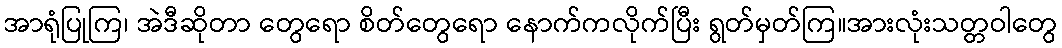
အာရုံပြုကြ၊ အဲဒီဆိုတာ တွေရော စိတ်တွေရော နောက်ကလိုက်ပြီး ရွတ်မှတ်ကြ။အားလုံးသတ္တဝါတွေ